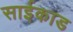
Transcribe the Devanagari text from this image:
साईकाड